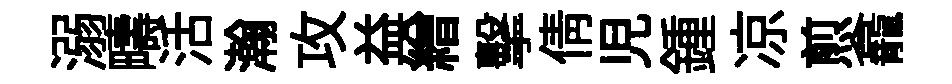
溺疇活瀚攻益繒擊倩児鍾凉煎龕